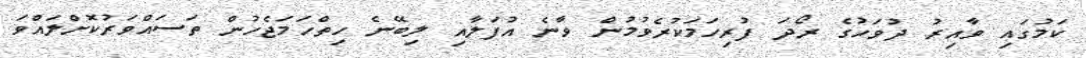
ކަމުގައި ވާއިރު ދުވަހުގެ ރޯދަ ފުރިހަމަކުރެވުމުން ވާނެ އުފަލާއި ލިބޭނެ ހިތްހަމަޖެހުން ތަސައްވަރުކޮށްލައްވަ